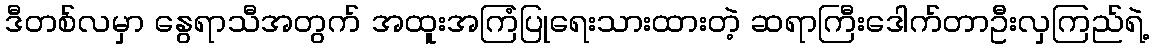
ဒီတစ်လမှာ နွေရာသီအတွက် အထူးအကြံပြုရေးသားထားတဲ့ ဆရာကြီးဒေါက်တာဦးလှကြည်ရဲ့